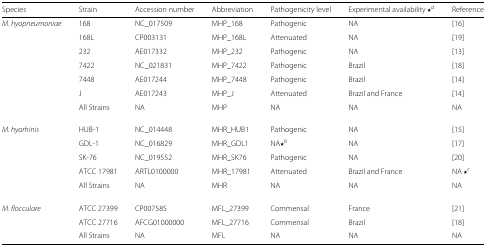
| Species | Strain | Accession number | Abbreviation | Pathogenicity level | Experimental availability ⋆a | Reference |
 | --- | --- | --- | --- | --- | --- | --- |
 | M. hyopneumoniae | 168 | NC_017509 | MHP_168 | Pathogenic | NA | [16] |
 |  | 168L | CP003131 | MHP_168L | Attenuated | NA | [19] |
 |  | 232 | AE017332 | MHP_232 | Pathogenic | NA | [13] |
 |  | 7422 | NC_021831 | MHP_7422 | Pathogenic | Brazil | [18] |
 |  | 7448 | AE017244 | MHP_7448 | Pathogenic | Brazil | [14] |
 |  | J | AE017243 | MHP_J | Attenuated | Brazil and France | [14] |
 |  | All Strains | NA | MHP | NA | NA | NA |
 | M. hyorhinis | HUB-1 | NC_014448 | MHR_HUB1 | Pathogenic | NA | [15] |
 |  | GDL-1 | NC_016829 | MHR_GDL1 | NA ⋆b | NA | [17] |
 |  | SK-76 | NC_019552 | MHR_SK76 | Pathogenic | NA | [20] |
 |  | ATCC 17981 | ARTL0100000 | MHR_17981 | Attenuated | Brazil and France | NA ⋆c |
 |  | All Strains | NA | MHR | NA | NA | NA |
 | M. flocculare | ATCC 27399 | CP007585 | MFL_27399 | Commensal | France | [21] |
 |  | ATCC 27716 | AFCG01000000 | MFL_27716 | Commensal | Brazil | [18] |
 |  | All Strains | NA | MFL | NA | NA | NA |